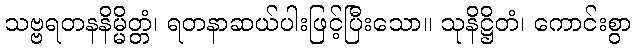
သဗ္ဗရတနနိမ္မိတ္တံ၊ ရတနာဆယ်ပါးဖြင့်ပြီးသော။ သုနိဋ္ဌိတံ၊ ကောင်းစွာ